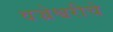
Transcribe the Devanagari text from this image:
वज्रेश्वरीचे